Kures,_Voldemar, lk 103
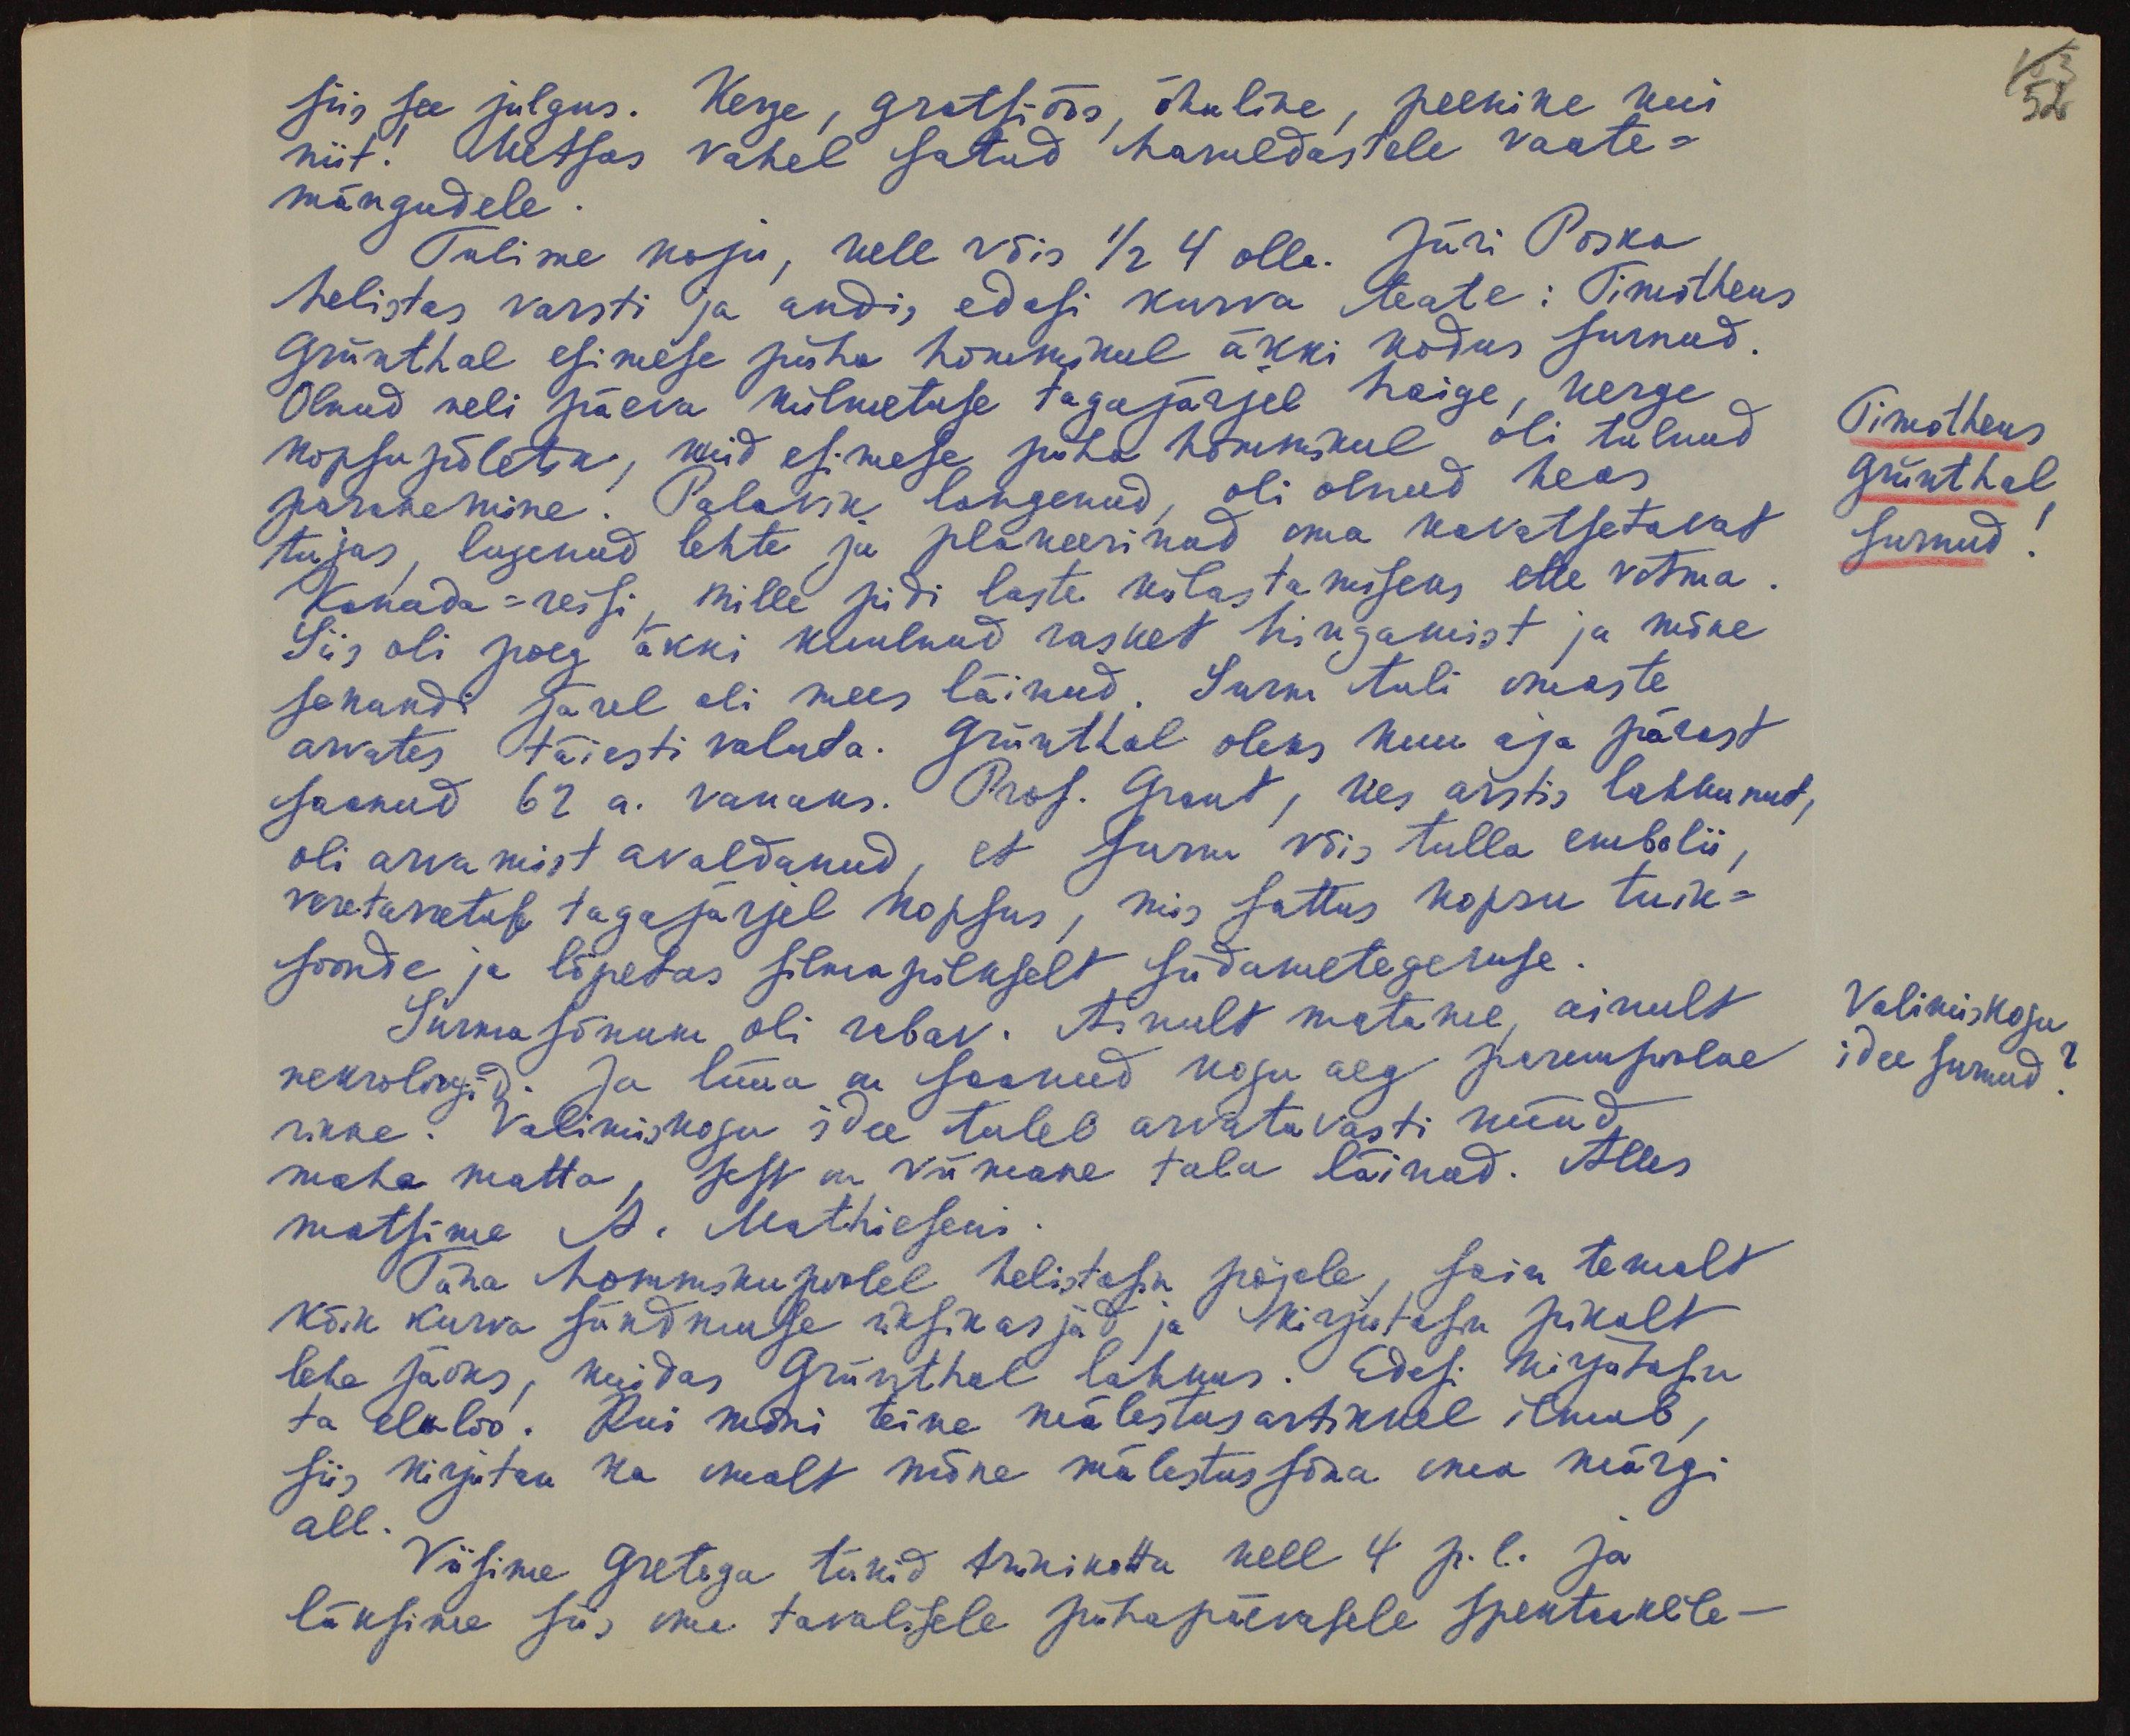
siis see julgus. Kerge, gratsiöös, õhuline, peenike kui
niit! Metsas vahel satud haruldastele vaate-
mängudele.
Tulime koju, kell võis 1/2 4 olla. Jüri Poska
helistas varsti ja andis edasi kurva teate: Timotheus
Grünthal esimese püha hommikul äkki kodus surnud
Olnud neli päeva külmetuse tagajärjel haige, kerge
kopsu põletik, kuid esimese püha hommikul oli tulnud
paranemine. Palavik langenud, oli olnud heas
tujus, lugenud lehte ja planeerinud oma kavatsetavat
Kanada-reisi, mille pidi laste külastamiseks ette võtma.
Siis oli poeg äkki kuulnud rasket hingamist ja mõne
sekundi järel oli mees läinud. Surm tuli omaste
arvates täiesti valuta. Grünthal oleks kuu aja pärast
saanud 62 a. vanaks. Prof. Grant, kes arstis lahkunut,
oli arvamist avaldanud, et surm võis tulla embolii,
veret etuse tagajärjel kopsus, mis sattus kopsu tuik-
soonde ja lõpetas silmapilkselt südametegevuse.
Surma sõnum oli rabav. Ainult matame, ainult
neuroloogid. Ja lüüa on saanud kogu aeg parempoolne
rinne. Valimiskogu idee tuleb arvatavasti nüüd
maha matta, sest on viimane tala läinud. Alles
matsime A. Mathieseni.
Täna hommikupoolel helistasin pojale, sain temalt
kõik kurva sündmuse üksikasjad ja kirjutasin pikalt
lehe jaoks, kuidas Grünthal lahkus. Edasi kirjutasin
ta eluloo. Kui mõni teine mälestus artikkel ilmub,
siis kirjutan ka omalt mõne mälestus sõna oma märgi
all.
Viisime Gretega tükid trükikotta kell 4 p. l. ja
läksime siis oma tavalisele pühapäevasele spekteeklile-

52
Timotheus
Grünthal
surnud
Valimiskogu
idee surnud?